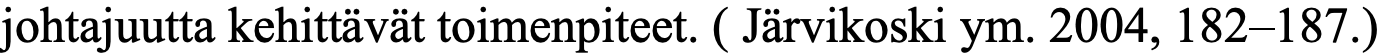
johtajuutta kehittävät toimenpiteet. ( Järvikoski ym. 2004, 182–187.)